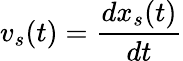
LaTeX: v_{s}(t)=\frac{dx_{s}(t)}{dt}